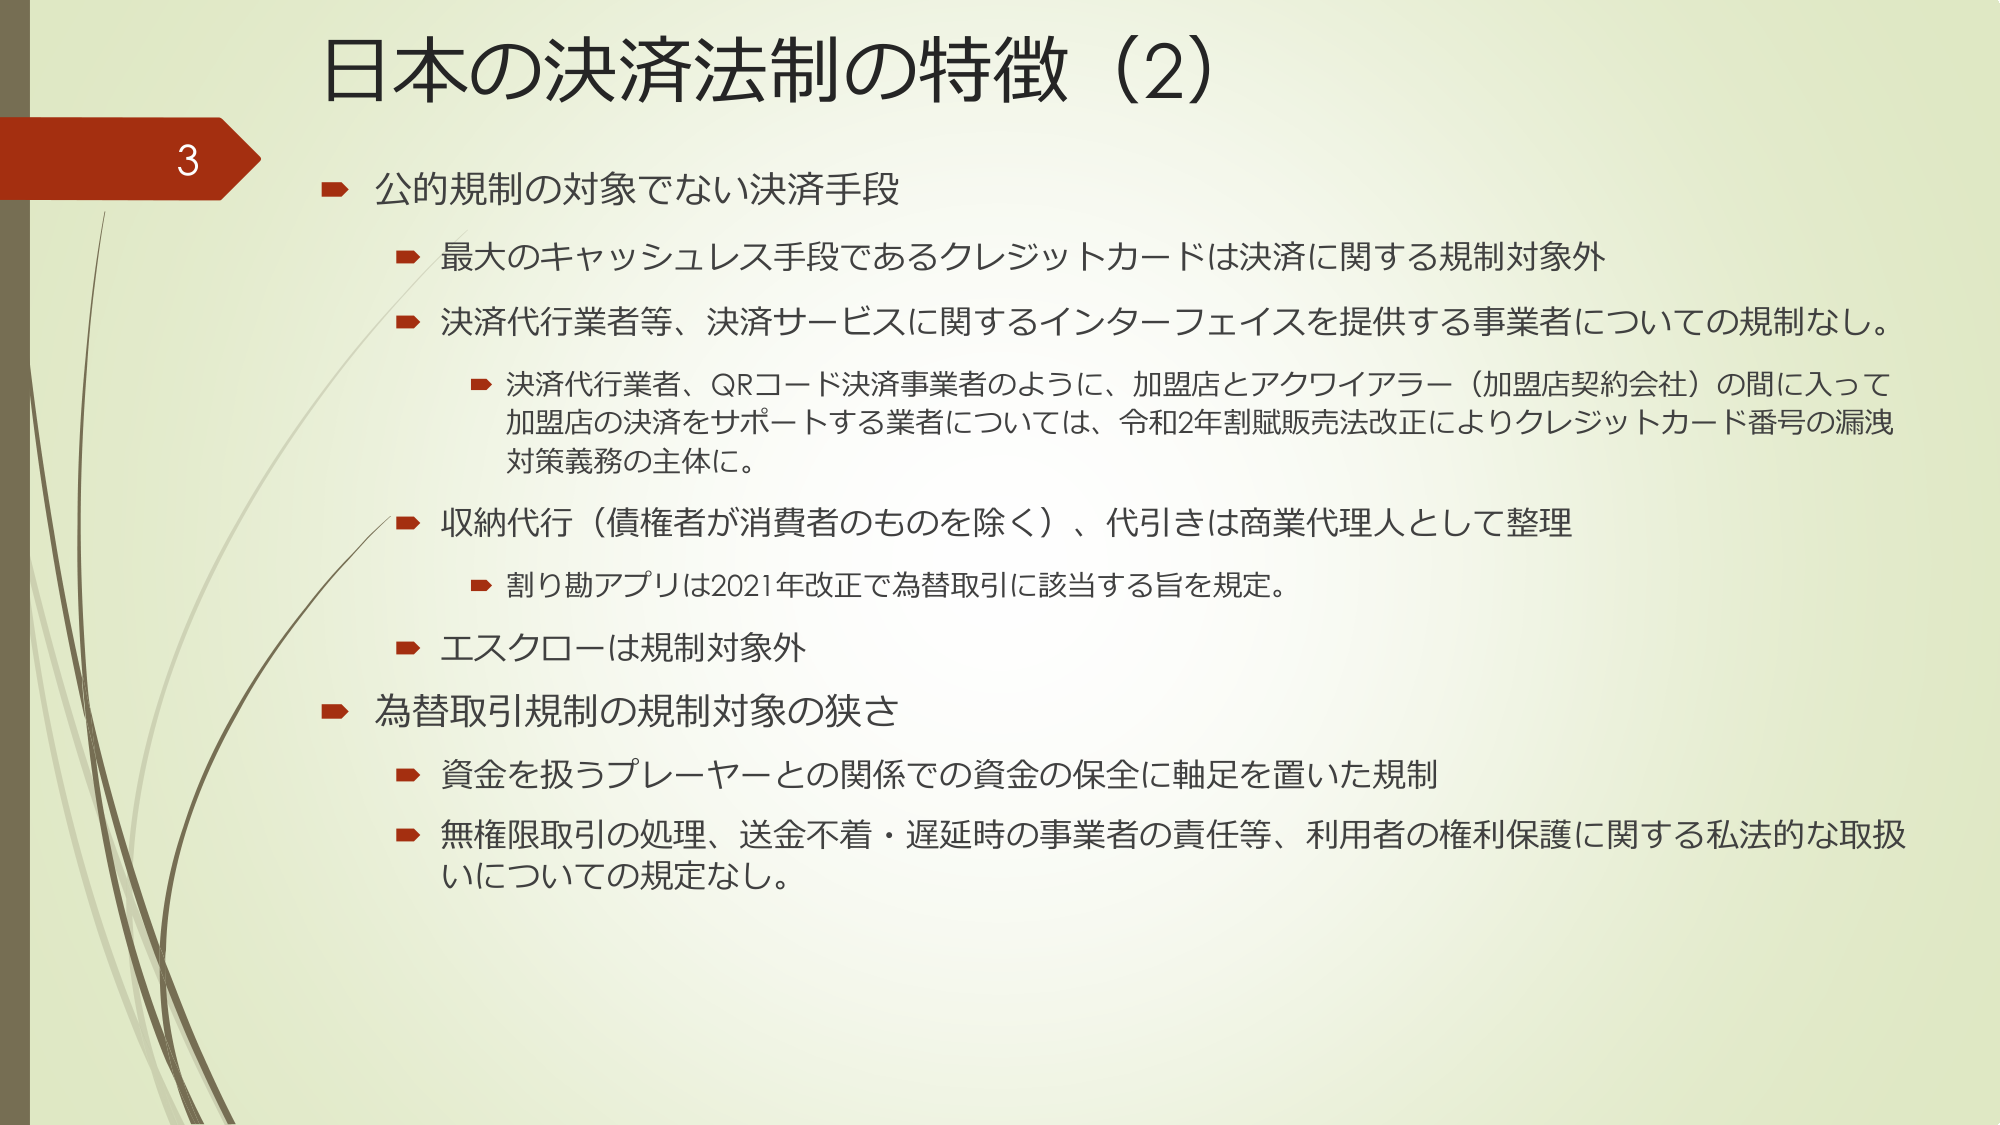
日本の決済法制の特徴（2）

3
▶ 公的規制の対象でない決済手段
　▶ 最大のキャッシュレス手段であるクレジットカードは決済に関する規制対象外
　▶ 決済代行業者等、決済サービスに関するインターフェイスを提供する事業者についての規制なし。
　　　▶ 決済代行業者、QRコード決済事業者のように、加盟店とアクワイアラー（加盟店契約会社）の間に入って
　　　　加盟店の決済をサポートする業者については、令和2年割賦販売法改正によりクレジットカード番号の漏洩
　　　　対策義務の主体に。
　▶ 収納代行（債権者が消費者のものを除く）、代引きは商業代理人として整理
　　　▶ 割り勘アプリは2021年改正で為替取引に該当する旨を規定。
　▶ エスクローは規制対象外

▶ 為替取引規制の規制対象の狭さ
　▶ 資金を扱うプレーヤーとの関係での資金の保全に軸足を置いた規制
　▶ 無権限取引の処理、送金不着・遅延時の事業者の責任等、利用者の権利保護に関する私法的な取扱いについての規定なし。